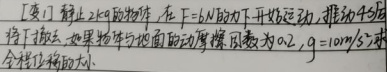
[变] 静止的\(2kg\)物体，在\(F = 6N\)的力作用下开始运动，推动\(5m\)后停下并撤去力。如果物体与地面的动摩擦因数为\(0.2\)，\(g = 10m/s^{2}\)，求合外力做功的大小